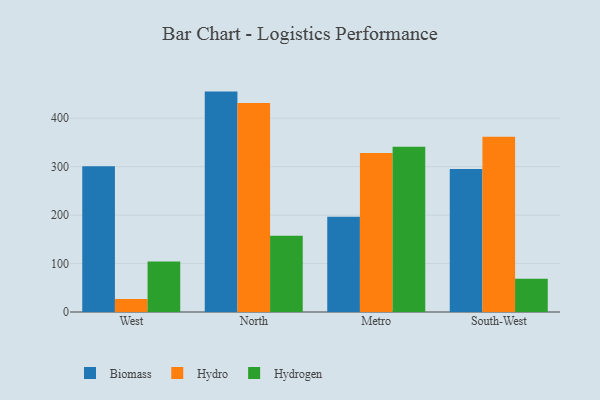
{"axis": {"x": "Region", "y": "Temperature (°C)"}, "legend": ["Biomass", "Hydro", "Hydrogen"], "data": [{"x": "West", "y": 300.7, "type": "Biomass"}, {"x": "West", "y": 26.8, "type": "Hydro"}, {"x": "West", "y": 104.3, "type": "Hydrogen"}, {"x": "North", "y": 454.9, "type": "Biomass"}, {"x": "North", "y": 431.3, "type": "Hydro"}, {"x": "North", "y": 157.2, "type": "Hydrogen"}, {"x": "Metro", "y": 196.7, "type": "Biomass"}, {"x": "Metro", "y": 328.3, "type": "Hydro"}, {"x": "Metro", "y": 341.2, "type": "Hydrogen"}, {"x": "South-West", "y": 295.1, "type": "Biomass"}, {"x": "South-West", "y": 361.6, "type": "Hydro"}, {"x": "South-West", "y": 68.8, "type": "Hydrogen"}]}